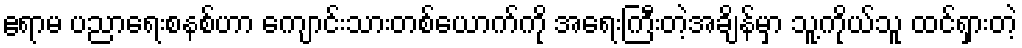
ဧရာမ ပညာရေးစနစ်ဟာ ကျောင်းသားတစ်ယောက်ကို အရေးကြီးတဲ့အချိန်မှာ သူ့ကိုယ်သူ ထင်ရှားတဲ့